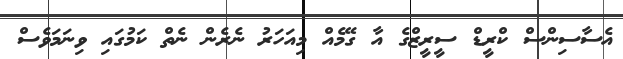
އެސާސިންސް ކްރީޑް ސީރީޒްގެ އާ ގޭމެއް މިއަހަރު ނެރެން ނެތް ކަމުގައި ވިނަމަވެސް